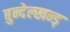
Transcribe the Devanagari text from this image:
बुन्देल्खन्ड्